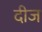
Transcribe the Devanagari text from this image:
दीज